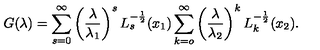
G ( \lambda ) = \sum _ { s = 0 } ^ { \infty } \left( \frac { \lambda } { \lambda _ { 1 } } \right) ^ { s } L _ { s } ^ { - \frac 1 2 } ( x _ { 1 } ) \sum _ { k = o } ^ { \infty } \left( \frac { \lambda } { \lambda _ { 2 } } \right) ^ { k } L _ { k } ^ { - \frac 1 2 } ( x _ { 2 } ) .